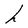
Character: h